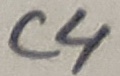
Text: C4